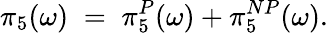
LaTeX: \pi_{5}(\omega)\; =\; \pi_{5}^{P}(\omega)+\pi_{5}^{NP}(\omega).